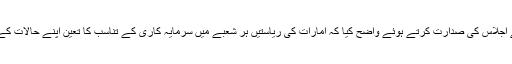
محمد آل مکتوم نے اجلاس کی صدارت کرتے ہوئے واضح کیا کہ امارات کی ریاستیں ہر شعبے میں سرمایہ کاری کے تناسب کا تعین اپنے حالات کے مطابق کریں گی۔